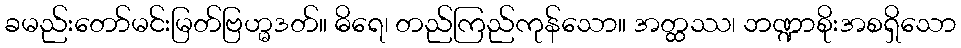
ခမည်းတော်မင်းမြတ်ဗြဟ္မဒတ်။ ဓိရေ၊ တည်ကြည်ကုန်သော။ အတ္ထဿ၊ ဘဏ္ဍာစိုးအစရှိသော